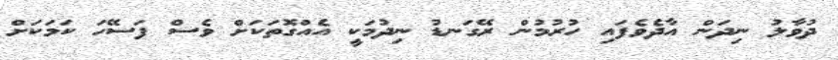
ދުވާލު ނިދަން އާދެވެފައި ހުރުމުން ރޭގަނޑު ނިދުމަކީ އެއްގޮތަކަށް ވެސް ފަސޭހަ ކަމަކަށް